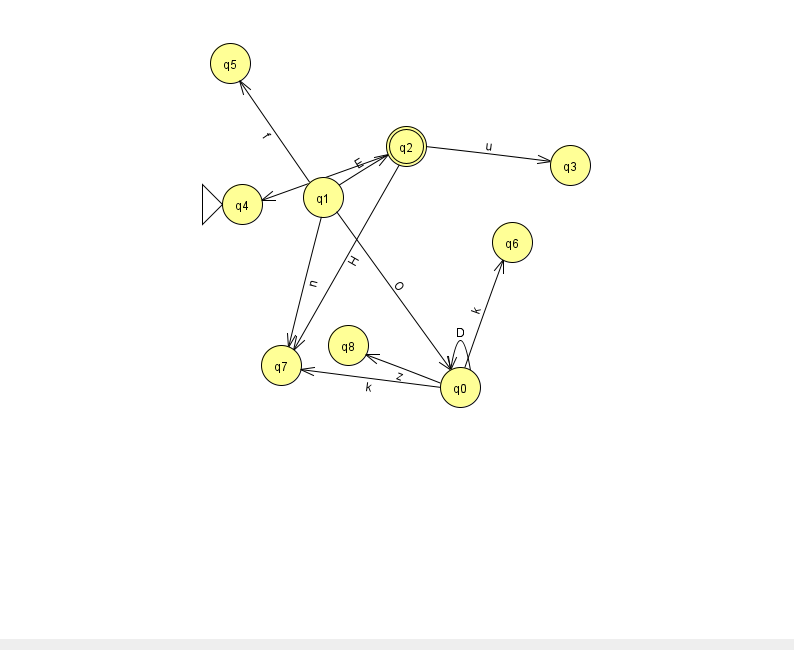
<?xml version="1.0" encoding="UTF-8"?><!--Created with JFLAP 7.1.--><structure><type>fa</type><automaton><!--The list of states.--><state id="0" name="q0"><x>460.0</x><y>374.0</y></state><state id="1" name="q1"><x>323.0</x><y>184.0</y></state><state id="2" name="q2"><x>406.0</x><y>133.0</y><final/></state><state id="3" name="q3"><x>570.0</x><y>152.0</y></state><state id="4" name="q4"><x>242.0</x><y>191.0</y><initial/></state><state id="5" name="q5"><x>230.0</x><y>50.0</y></state><state id="6" name="q6"><x>512.0</x><y>229.0</y></state><state id="7" name="q7"><x>281.0</x><y>352.0</y></state><state id="8" name="q8"><x>348.0</x><y>332.0</y></state><!--The list of transitions.--><transition><from>2</from><to>4</to><read>f</read></transition><transition><from>0</from><to>7</to><read>k</read></transition><transition><from>1</from><to>7</to><read>n</read></transition><transition><from>0</from><to>0</to><read>D</read></transition><transition><from>1</from><to>2</to><read>E</read></transition><transition><from>2</from><to>7</to><read>H</read></transition><transition><from>1</from><to>0</to><read>O</read></transition><transition><from>2</from><to>3</to><read>u</read></transition><transition><from>1</from><to>5</to><read>f</read></transition><transition><from>0</from><to>6</to><read>k</read></transition><transition><from>0</from><to>8</to><read>z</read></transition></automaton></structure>